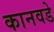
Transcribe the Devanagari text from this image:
कानवडे